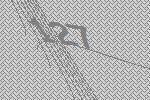
127